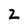
Character: z